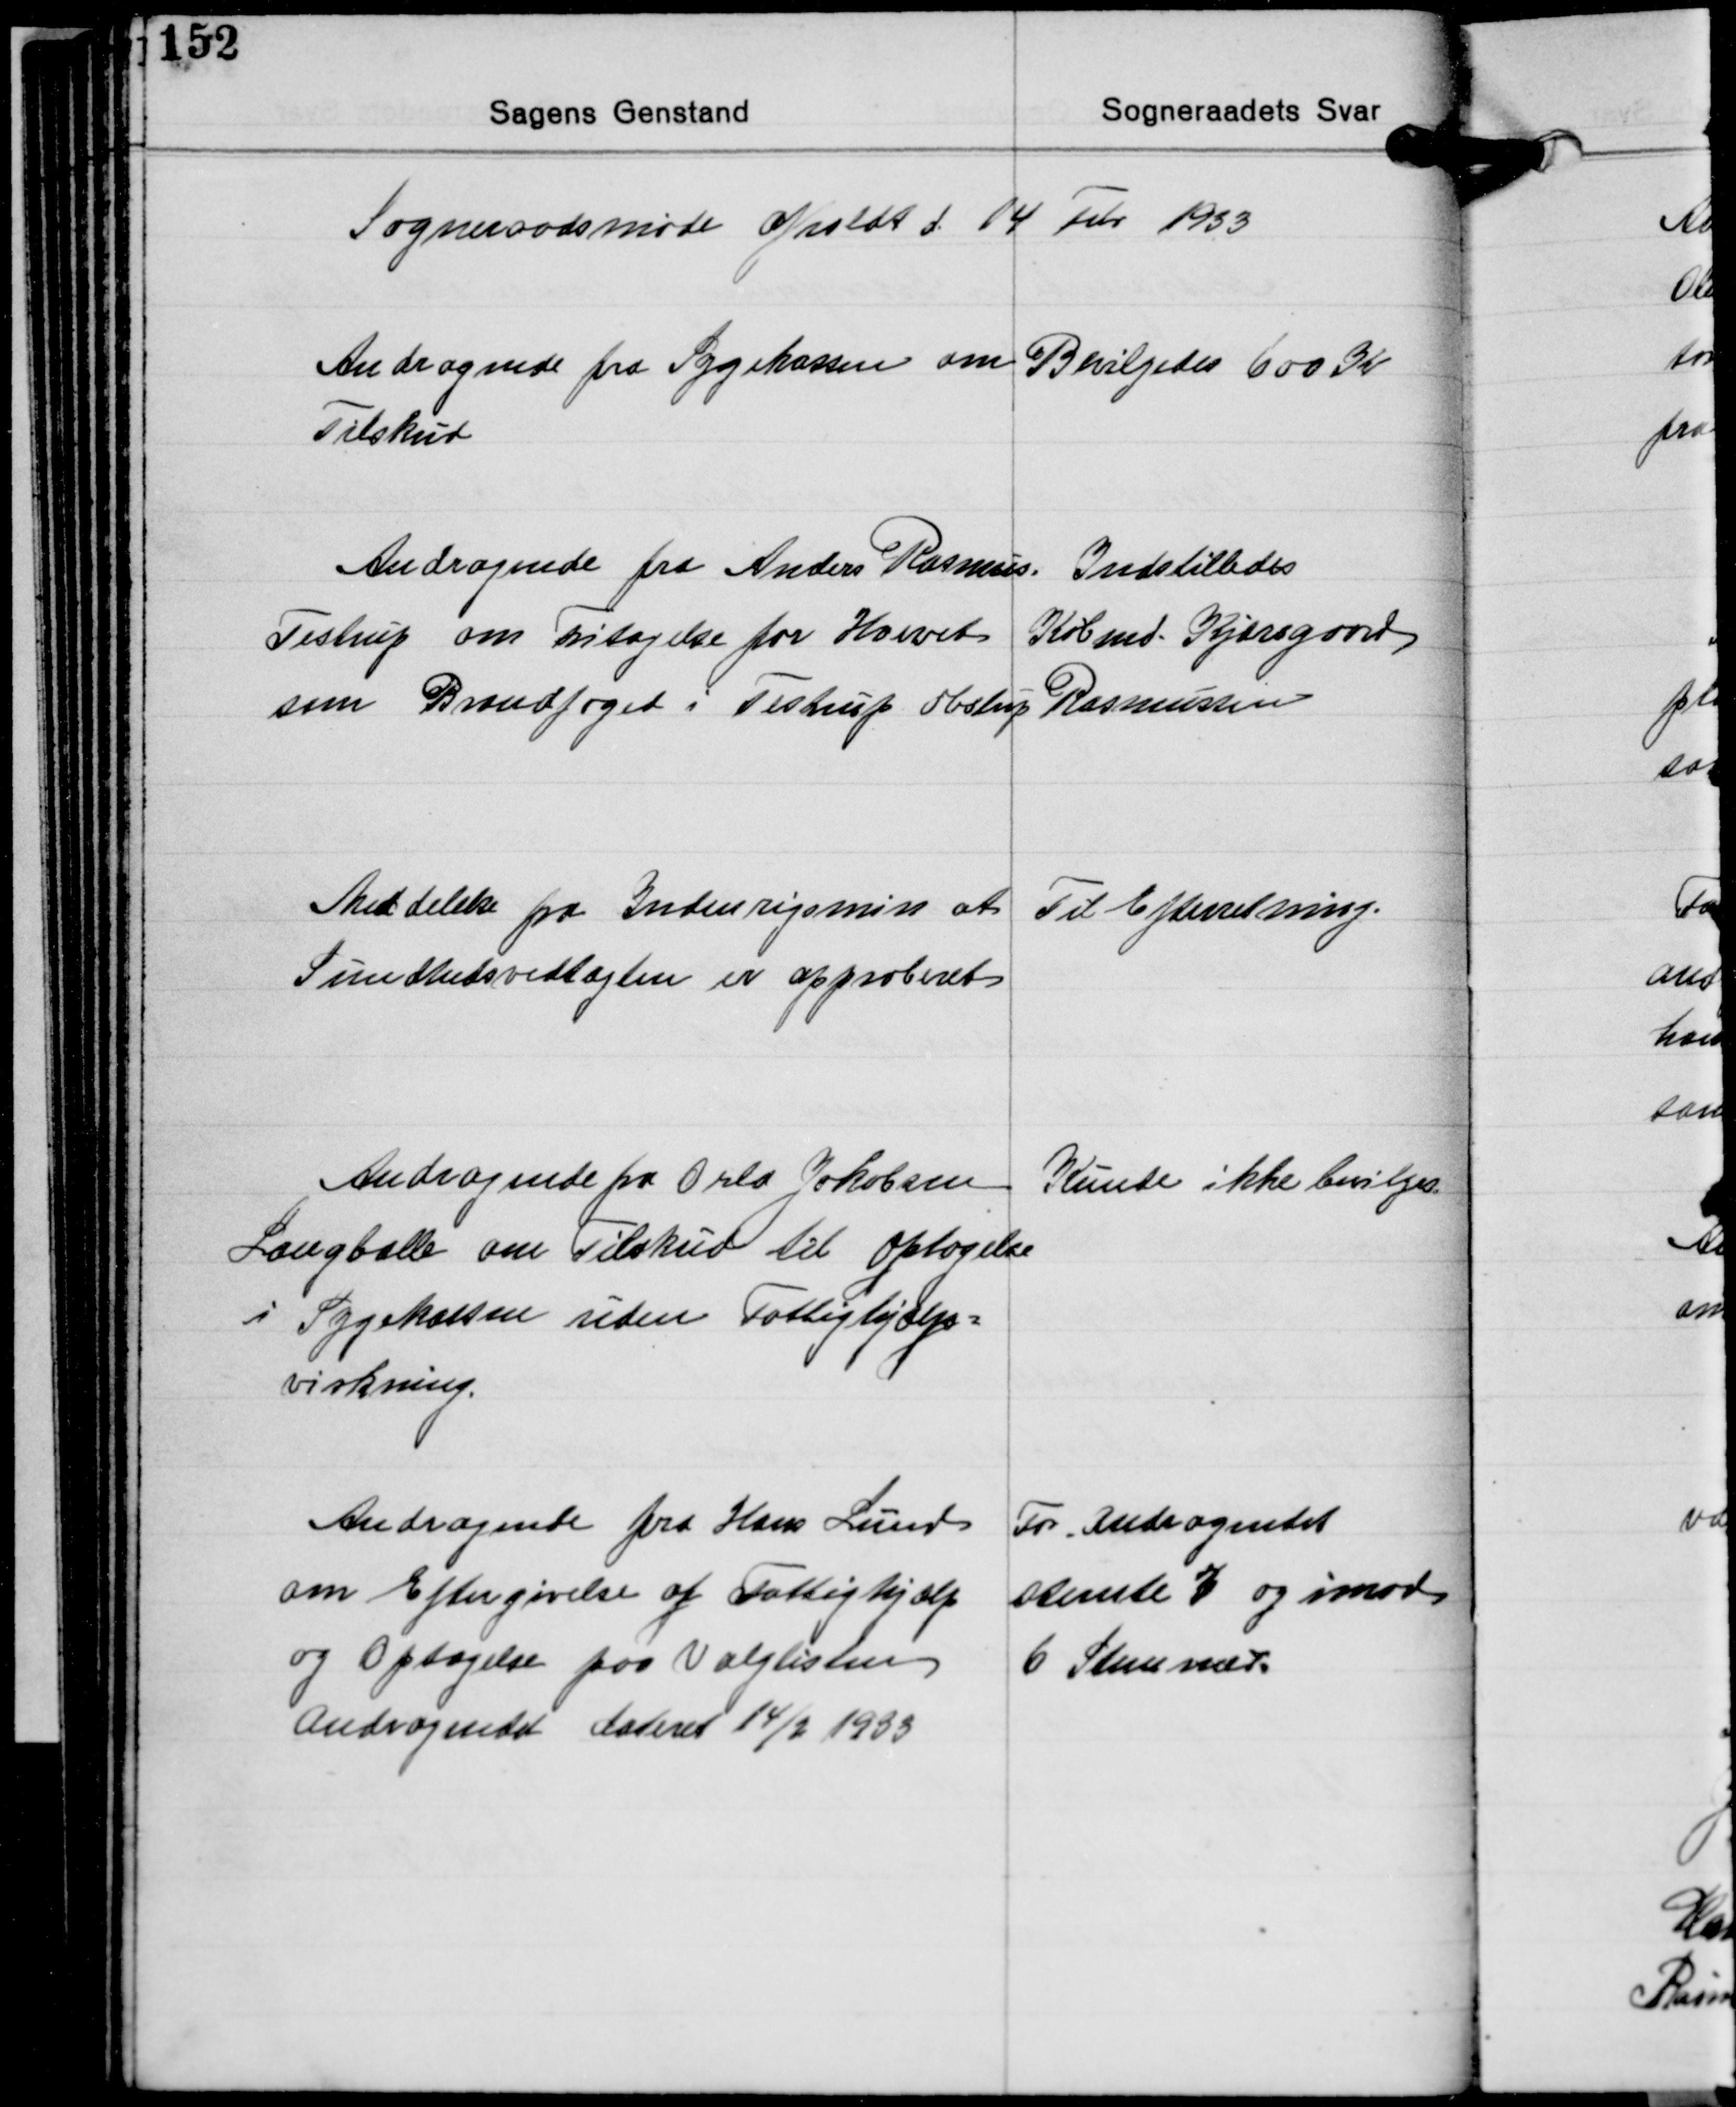
Transskription:
Sogneraadsmøde afholdt d 14 Febr. 1933

Andragende fra Sygekassen om
Tilskud

Bevilgedes 600 Kr.

Andragende fra Anders Rasmus
Testrup om Fritagelse for Hvervet
som Brandfoged i Testrup Obstrup

Indstilledes
Købmd. Kjærsgaard
Rasmussen

Meddelelse fra Indenrigsmin. at
Sundhedsvedtægten er approberet

Til Efterretning.

Andragende fra Orla Jakobsen
Langballe om Tilskud til optagelse
i Sygekassen uden Fattighjælp-
virkning.

Kunde ikke bevilges

Andragende fra Hans Lund
om Eftergivelse af Fattighjælp
og Optagelse paa Valglisten
Andragendet dateret 14/2 1933

For Andragendet
stemte 3 og imod
6 Stemmer.